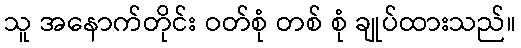
သူ အနောက်တိုင်း ဝတ်စုံ တစ် စုံ ချုပ်ထားသည်။